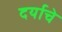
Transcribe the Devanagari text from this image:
दर्याचे